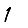
Digit: 1